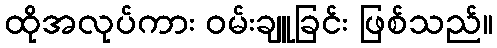
ထိုအလုပ်ကား ဝမ်းချူခြင်း ဖြစ်သည်။